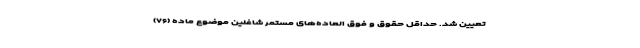
تعیین شد. حداقل حقوق و فوق العاده‌های مستمر شاغلین موضوع ماده (۷۶)